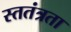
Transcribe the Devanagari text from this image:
स्ततंत्रता